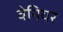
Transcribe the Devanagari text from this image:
वेनियर